Report on plague in the Punjab from October 1st ... to September 30th ..., being the ... season of plague in the province
Disease focus: Plague
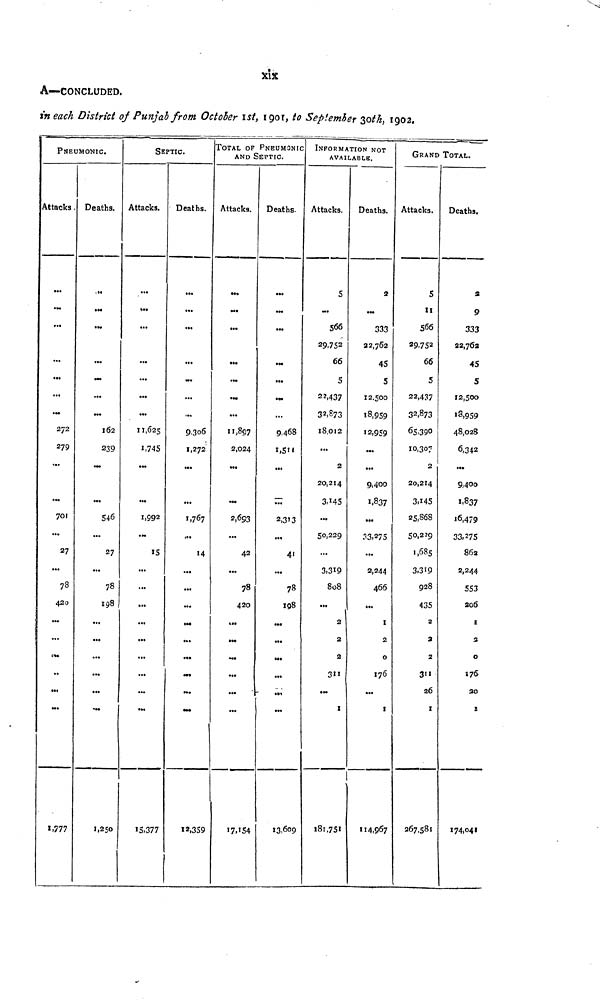
xix
A—CONCLUDED.
in each District of Punjab from October 1st, 1901, to September 30th, 1902.
PNEUMONIC.
Attacks.
...
...
...
...
...
»..
«••
272
279
...
...
701
...
27
...
78
420
...
...
...
...
...
...
«.777
Deaths.
...
...
...
...
...
....
...
162
239
...
...
546
...
27
...
78
198
...
...
...
...
...
...
I,25O
SEPTIC.
Attacks.
...
...
...
...
...
...
...
11,625
1,745
...
...
1,992
...
15
...
...
...
...
...
...
...
...
...
1
1S.377
Deaths.
...
...
...
...
...
...
...i
9,306
1,272
...
...
1,767
...
14
...
...
...
...
...
...
...
...
...
12,359
TOTAL OF PNEUMONIC
AND SEPTIC.
Attacks.
...
...
...
...
...
...
...
11,897
2,024
...
...
2,693
...
42
...
78
420
...
...
...
...
...
...
I7»!54
Deaths.
...
...
...
...
...
...
9,468
1,511
...
...
2,313
...
41
...
78
198
...
...
...
...
...
...
13,609
INFORMATION NOT
AVAILABLE.
Attacks.
5
...
566
29,752
66
5
22,437
32.,873
18,012
...
2
20,214
3,145
...
50,229
...
3,319
808
...
2
2
2
311
...
1
l8l,75I
Deaths.
2
...
333
22,762
45
5
12,500
18,959
12,959
...
...
9,400
1,837
...
33,275
...
2,244
466
...
1
2
0
176
...
1
114,967
GRAND TOTAL.
Attacks.
5
11
566
29,752
66
5
22,437
32,873
65,390
10,307
2
20,214
3,145
25,868
50,229
1,685
3,319
928
435
2
2
2
311
26
1
267,581
Deaths.
2
9
333
22,762
45
5
12,500
18,959
48,028
6,342
...
9,400
1,837
16,479
33,275
862
2,244
553
206
1
2.
0
276
20
1
174,041